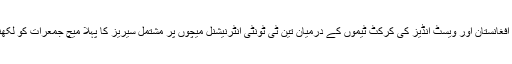
13 نومبر (اے پی پی) افغانستان اور ویسٹ انڈیز کی کرکٹ ٹیموں کے درمیان تین ٹی ٹونٹی انٹرنیشنل میچوں پر مشتمل سیریز کا پہلا میچ جمعرات کو لکھنئو میں کھیلا جائے گا۔